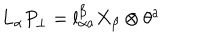
L _ { \alpha } P _ { \perp } = l _ { \alpha a } ^ { \beta } X _ { \beta } \otimes \theta ^ { a }